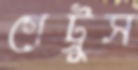
গেট্রুস